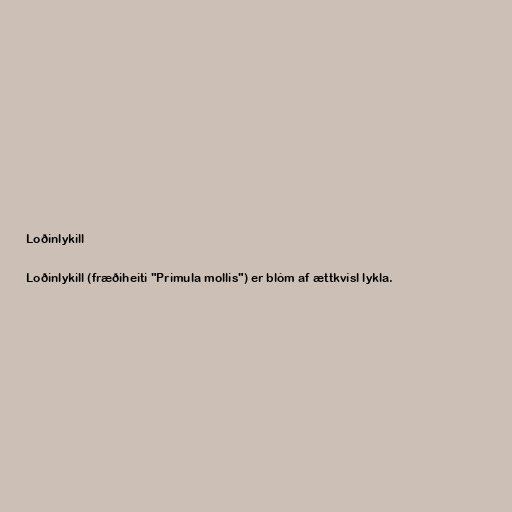
Loðinlykill

Loðinlykill (fræðiheiti "Primula mollis") er blóm af ættkvísl lykla.